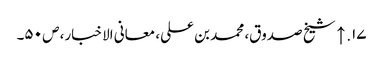
۱۷. ↑ شیخ صدوق، محمد بن علی، معانی الاخبار، ص ۵۰۔